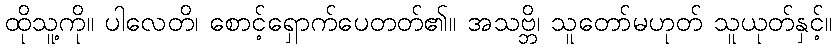
ထိုသူ့ကို။ ပါလေတိ၊ စောင့်ရှောက်ပေတတ်၏။ အသဗ္ဘိ၊ သူတော်မဟုတ် သူယုတ်နှင့်။